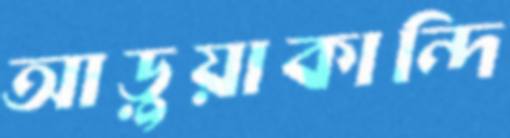
আড়ুয়াকান্দি